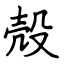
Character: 殻